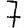
Digit: 7